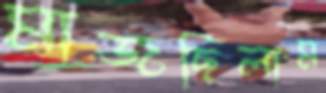
মাজছিলাম